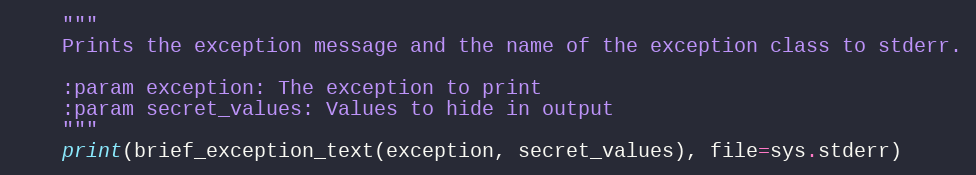
Language: Python
    """
    Prints the exception message and the name of the exception class to stderr.

    :param exception: The exception to print
    :param secret_values: Values to hide in output
    """
    print(brief_exception_text(exception, secret_values), file=sys.stderr)